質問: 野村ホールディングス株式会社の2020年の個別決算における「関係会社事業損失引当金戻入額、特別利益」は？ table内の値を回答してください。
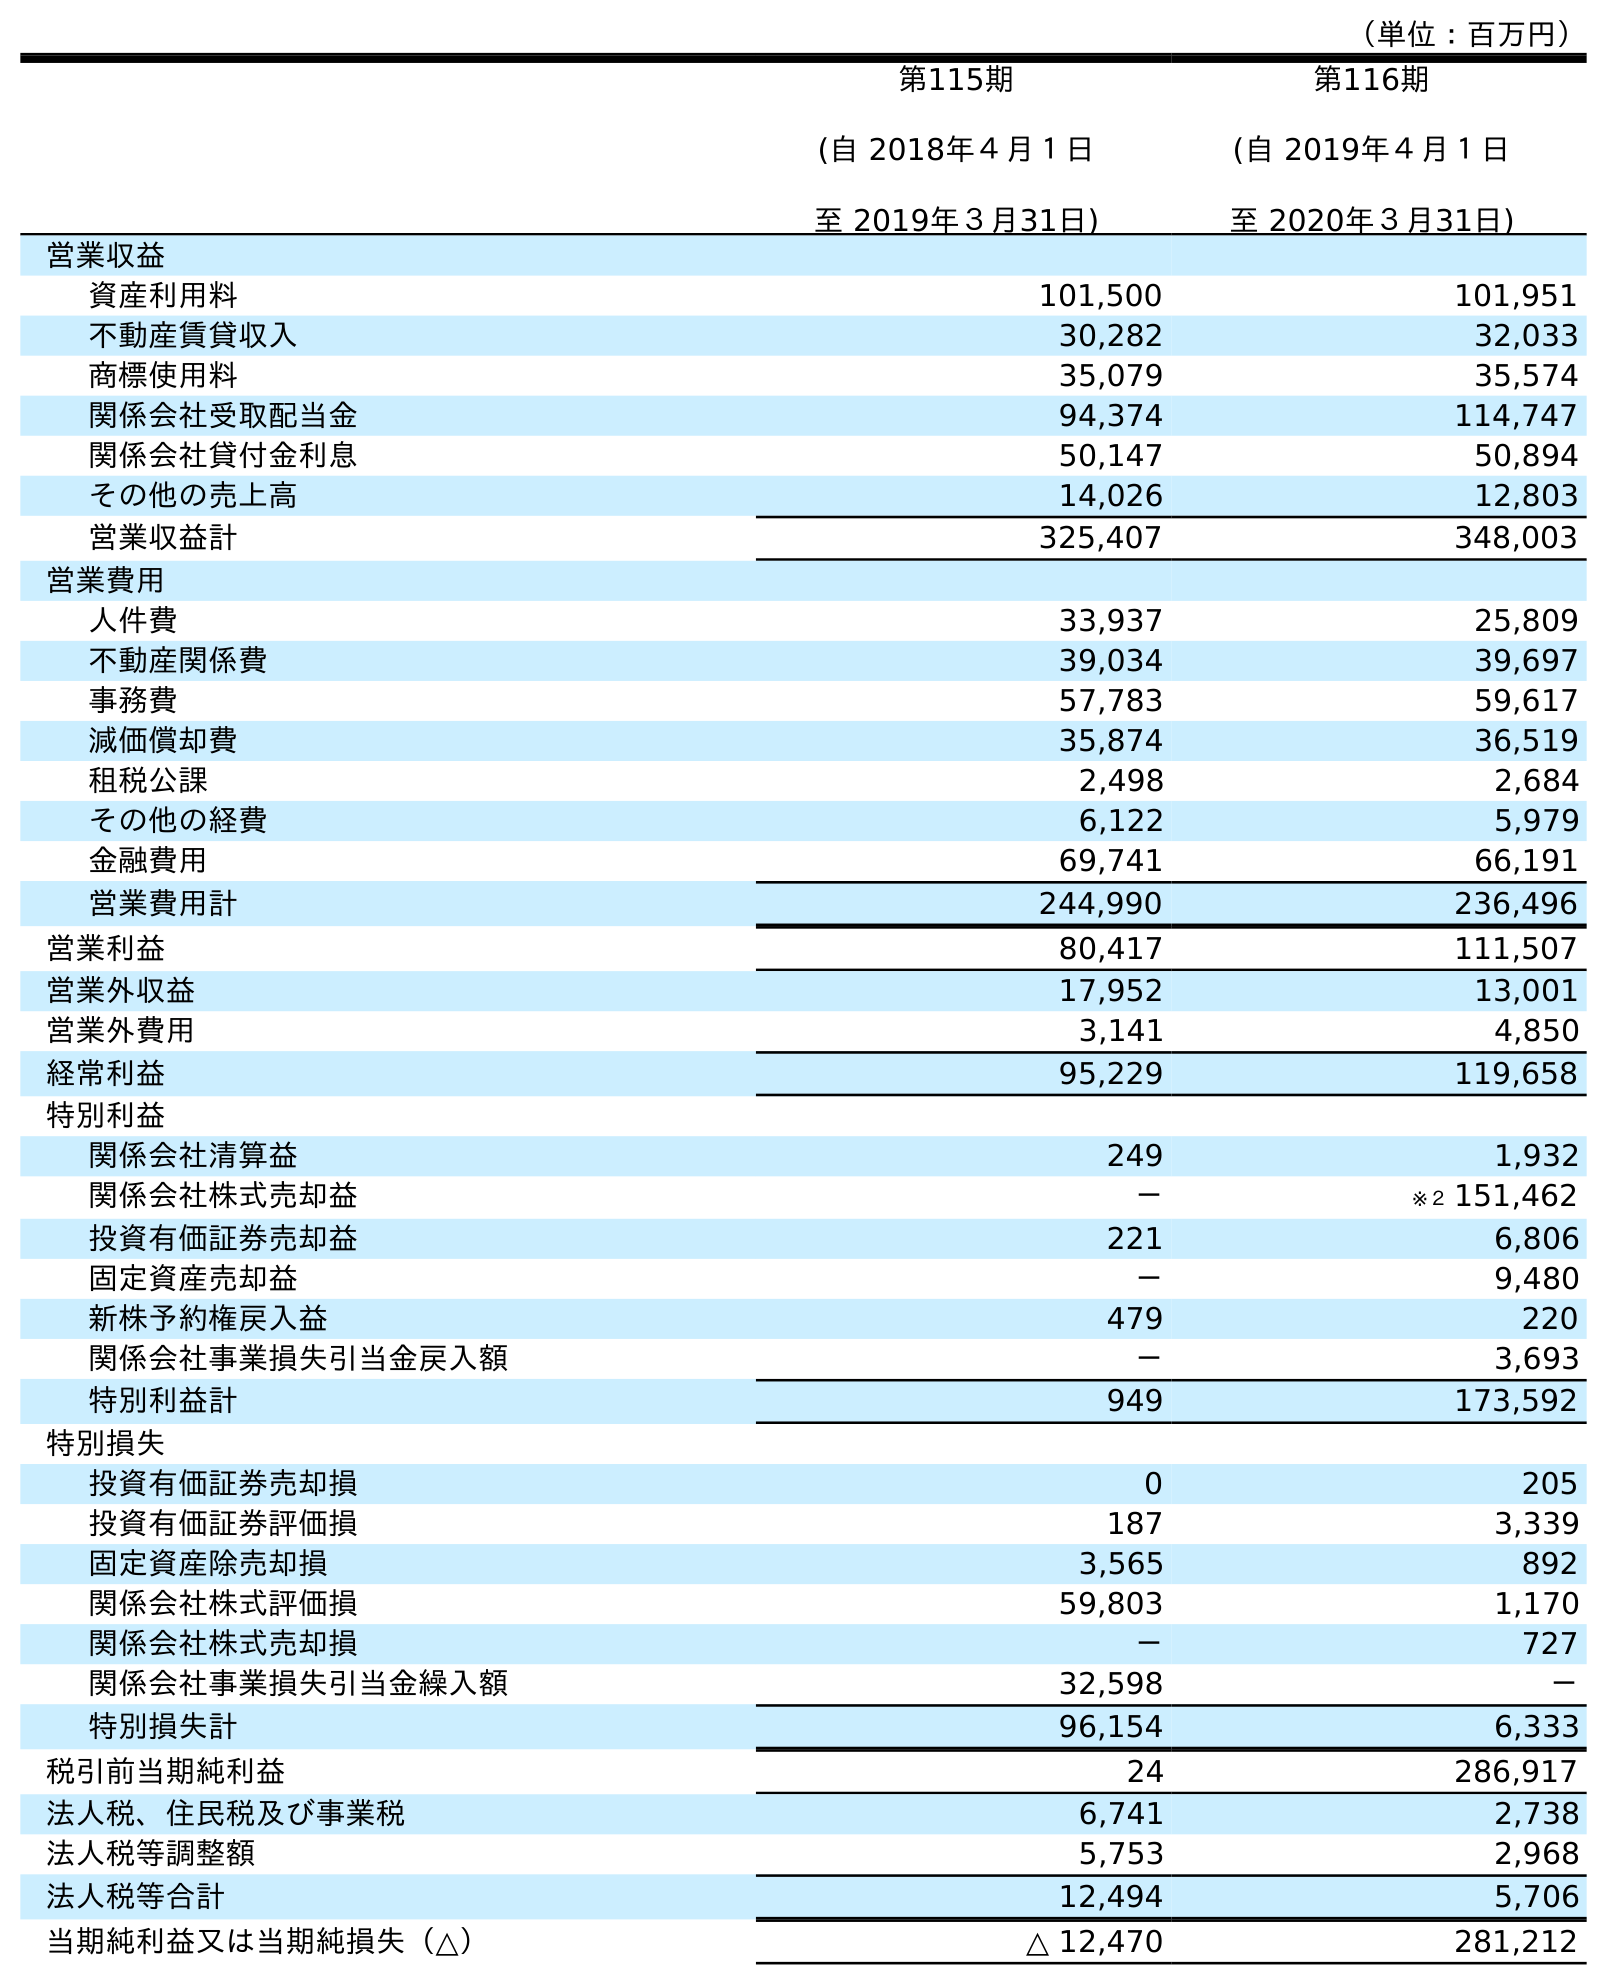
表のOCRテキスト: （単位：百万円） 第115期 (自 2018年４月１日 至 2019年３月31日) 第116期 (自 2019年４月１日 至 2020年３月31日) 営業収益 資産利用料 101,500 101,951 不動産賃貸収入 30,282 32,033 商標使用料 35,079 35,574 関係会社受取配当金 94,374 114,747 関係会社貸付金利息 50,147 50,894 その他の売上高 14,026 12,803 営業収益計 325,407 348,003 営業費用 人件費 33,937 25,809 不動産関係費 39,034 39,697 事務費 57,783 59,617 減価償却費 35,874 36,519 租税公課 2,498 2,684 その他の経費 6,122 5,979 金融費用 69,741 66,191 営業費用計 244,990 236,496 営業利益 80,417 111,507 営業外収益 17,952 13,001 営業外費用 3,141 4,850 経常利益 95,229 119,658 特別利益 関係会社清算益 249 1,932 関係会社株式売却益 － ※２ 151,462 投資有価証券売却益 221 6,806 固定資産売却益 － 9,480 新株予約権戻入益 479 220 関係会社事業損失引当金戻入額 － 3,693 特別利益計 949 173,592 特別損失 投資有価証券売却損 0 205 投資有価証券評価損 187 3,339 固定資産除売却損 3,565 892 関係会社株式評価損 59,803 1,170 関係会社株式売却損 － 727 関係会社事業損失引当金繰入額 32,598 － 特別損失計 96,154 6,333 税引前当期純利益 24 286,917 法人税、住民税及び事業税 6,741 2,738 法人税等調整額 5,753 2,968 法人税等合計 12,494 5,706 当期純利益又は当期純損失（△） △ 12,470 281,212
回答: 3,693